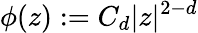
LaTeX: \phi(z):=C_{d}|z|^{2-d}